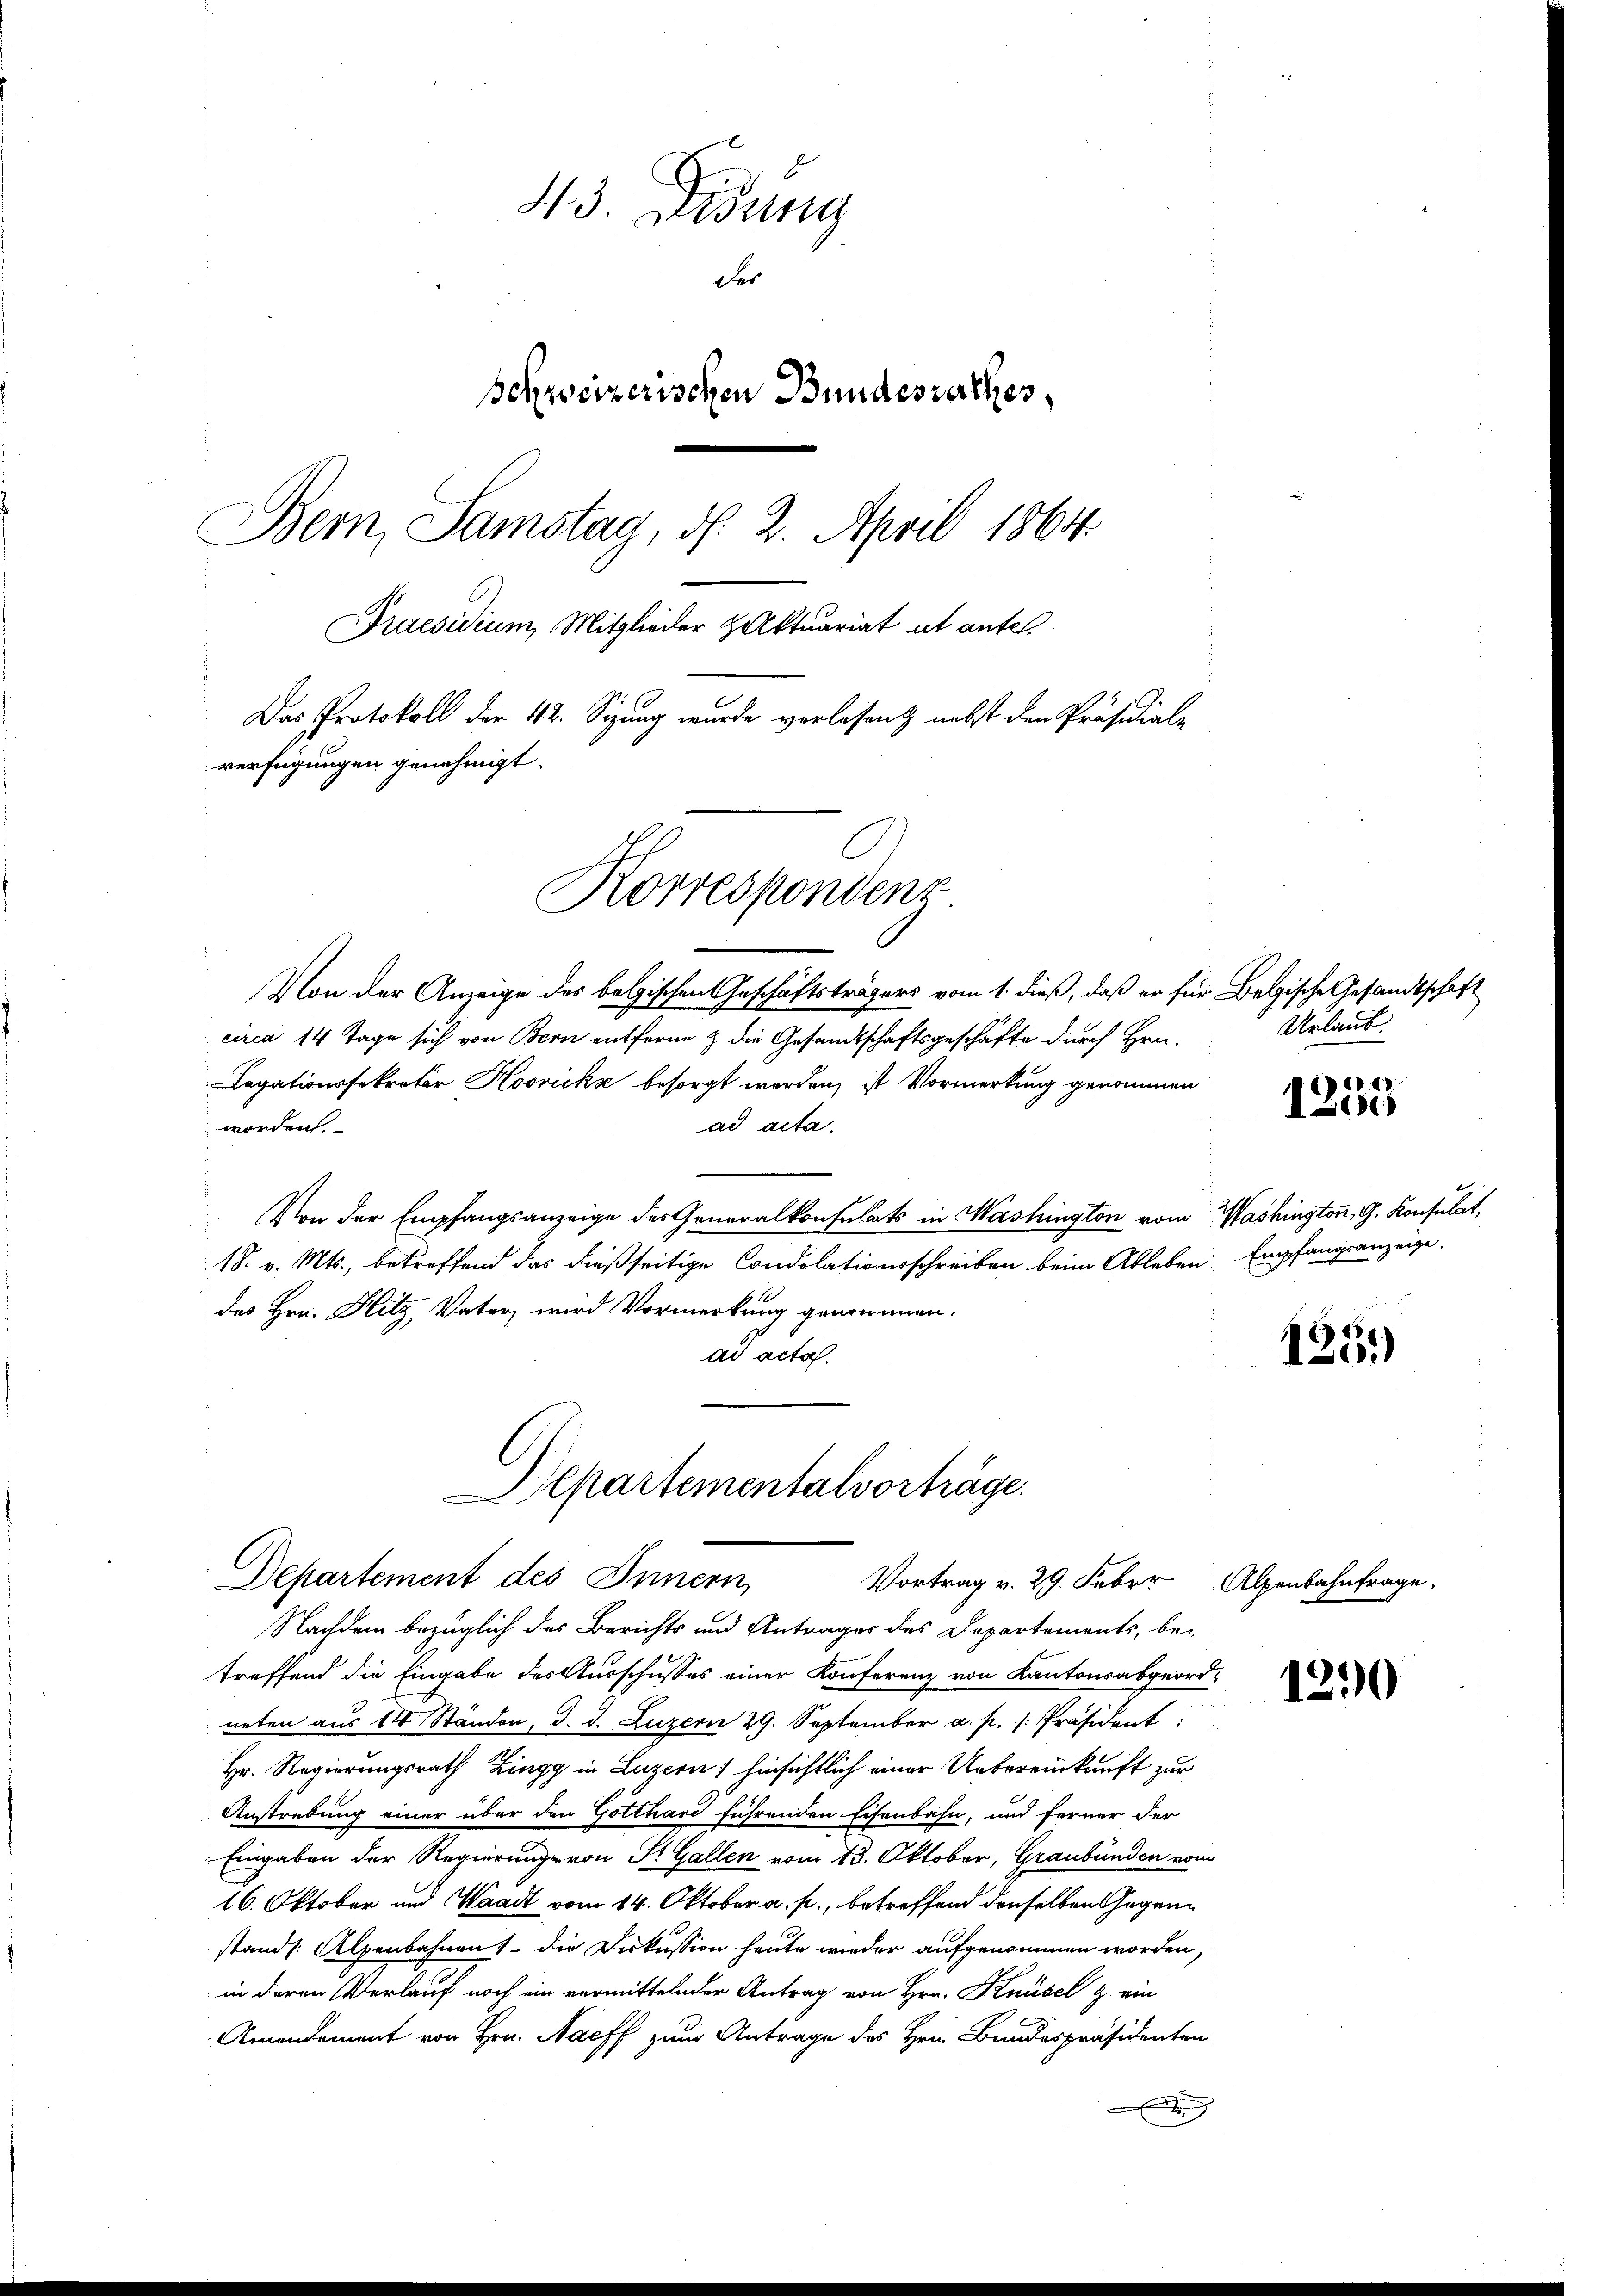
43. Disung
des
Schweizerischen Bundesrathes,
Bern, Samstag, d. 2. April 1864.
Praesidium, Mitglieder Zuktuariat ut ante.
Das Protokoll der 42. Sizung wurde verlesen nebst den Präsidiale
verfügungen genehmigt.
Korrespondenz

Von der Anzeige des belgischen Geschäftsträgers vom 1. dieß, daß er für Belgische Gesandtschaft
circa 14 Tage sich von Bern entferne & die Gesandtschaftsgeschäfte durch Hrn.
Legationssekretär Hoovicks besorgt worden, ist Vormerkung genommen
ad acta.
worden
Von der Empfangsanzeige des Generalkonsulats in Washington vom Washington, G. Konsulat,
18. v. Mts., betreffend das dießseitige Condolationsschreiben beim Ableben Empfangsanzeige,
des Hrn. Hitz Vater wird Vormerkung genommen.
ad acta.

Alpartementalvorträge.
Departement des Innern,
Vortrag v. 29. Feber Alpenbahnfrage.

Nachdem bezüglich des Berichts und Antrages des Departements, be-
treffend die Eingabe des Ausschusses einer Konferenz von Kantonsabgeord-
neten aus 14 Ständen, d. d. Luzern 29. September a. p. 1. Präsident
Hr. Regierungsrath Zingg in Luzern) hinsichtlich einer Uebereinkunft zur
Anstrebung einer über den Gotthard führenden Eisenbahn, und ferner der
Eingaben der Regierung von P. Gallen vom 13. Oktober, Graubünden vom
16. Oktober und Waadt vom 14. Oktober a. p., betreffend denselben Gegenstand /: Alpenbahnen, – die Diskussion heute wieder aufgenommen worden,
in deren Verlauf noch ein vermittelnder Antrag von Hrn. Knüsel & ein
Amandament von Hrn. Nacff zum Antrage des Hrn. Bundespräsidenten
g

Urlaub.

2
I18)

1251)

1290